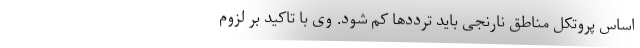
اساس پروتکل مناطق نارنجی باید ترددها کم شود. وی با تاکید بر لزوم